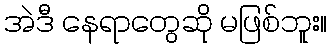
အဲဒီ နေရာတွေဆို မဖြစ်ဘူး။